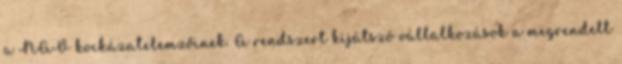
a NAV kockázatelemzőinek. A rendszert kijátszó vállalkozások a megrendelt